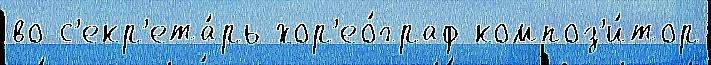
во с'екр'ета́рь хор'ео́граф композ'и́тор